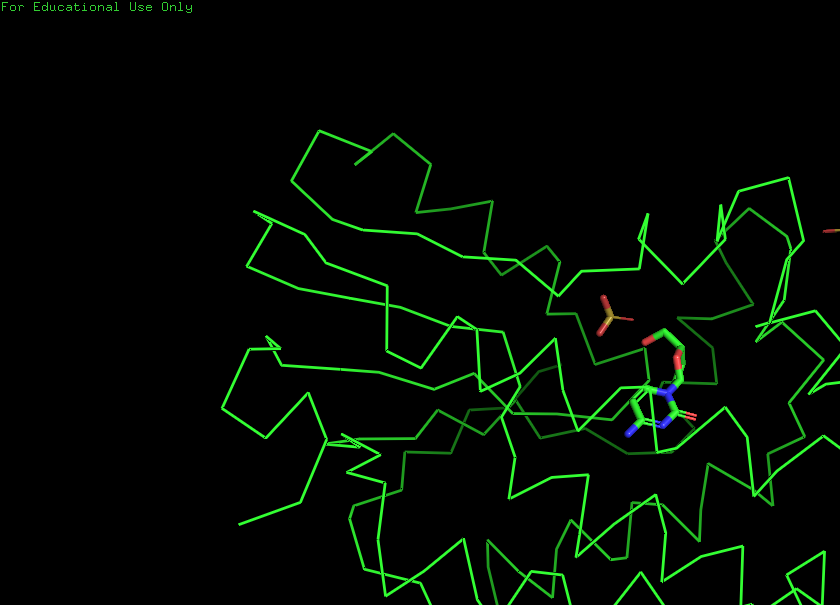
pymol, preset, simple_no_solv